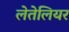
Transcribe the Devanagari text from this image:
लेतेलियर